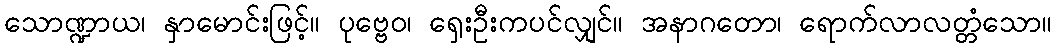
သောဏ္ဍာယ၊ နှာမောင်းဖြင့်။ ပုဗ္ဗေဝ၊ ရှေးဦးကပင်လျှင်။ အနာဂတော၊ ရောက်လာလတ္တံသော။